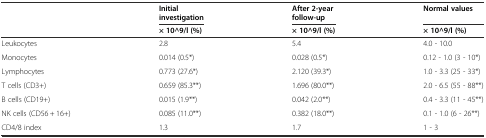
<table><thead><tr><td></td><td><b>Initial investigation</b></td><td><b>After 2-year follow-up</b></td><td><b>Normal values</b></td></tr><tr><td></td><td><b>× 10^9/l (%)</b></td><td><b>× 10^9/l (%)</b></td><td><b>× 10^9/l (%)</b></td></tr></thead><tbody><tr><td>Leukocytes</td><td>2.8</td><td>5.4</td><td>4.0 - 10.0</td></tr><tr><td>Monocytes</td><td>0.014 (0.5*)</td><td>0.028 (0.5*)</td><td>0.12 - 1.0 (3 - 10*)</td></tr><tr><td>Lymphocytes</td><td>0.773 (27.6*)</td><td>2.120 (39.3*)</td><td>1.0 - 3.3 (25 - 33*)</td></tr><tr><td>T cells (CD3+)</td><td>0.659 (85.3**)</td><td>1.696 (80.0**)</td><td>2.0 - 6.5 (55 - 88**)</td></tr><tr><td>B cells (CD19+)</td><td>0.015 (1.9**)</td><td>0.042 (2.0**)</td><td>0.4 - 3.3 (11 - 45**)</td></tr><tr><td>NK cells (CD56 + 16+)</td><td>0.085 (11.0**)</td><td>0.382 (18.0**)</td><td>0.1 - 1.0 (6 - 26**)</td></tr><tr><td>CD4/8 index</td><td>1.3</td><td>1.7</td><td>1 - 3</td></tr></tbody></table>